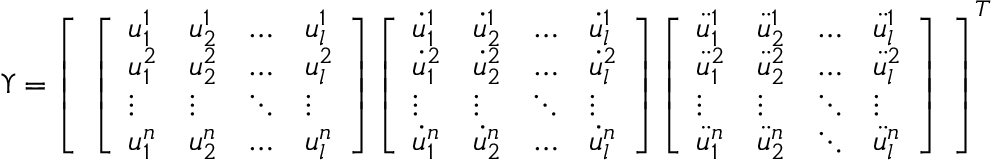
\boldsymbol { \Upsilon } = \left[ \begin{array} { l } { \left[ \begin{array} { l l l l } { u _ { 1 } ^ { 1 } } & { u _ { 2 } ^ { 1 } } & { \dots } & { u _ { l } ^ { 1 } } \\ { u _ { 1 } ^ { 2 } } & { u _ { 2 } ^ { 2 } } & { \dots } & { u _ { l } ^ { 2 } } \\ { \vdots } & { \vdots } & { \ddots } & { \vdots } \\ { u _ { 1 } ^ { n } } & { u _ { 2 } ^ { n } } & { \dots } & { u _ { l } ^ { n } } \end{array} \right] \left[ \begin{array} { l l l l } { \dot { u } _ { 1 } ^ { 1 } } & { \dot { u } _ { 2 } ^ { 1 } } & { \dots } & { \dot { u } _ { l } ^ { 1 } } \\ { \dot { u } _ { 1 } ^ { 2 } } & { \dot { u } _ { 2 } ^ { 2 } } & { \dots } & { \dot { u } _ { l } ^ { 2 } } \\ { \vdots } & { \vdots } & { \ddots } & { \vdots } \\ { \dot { u } _ { 1 } ^ { n } } & { \dot { u } _ { 2 } ^ { n } } & { \dots } & { \dot { u } _ { l } ^ { n } } \end{array} \right] \left[ \begin{array} { l l l l } { \ddot { u } _ { 1 } ^ { 1 } } & { \ddot { u } _ { 2 } ^ { 1 } } & { \dots } & { \ddot { u } _ { l } ^ { 1 } } \\ { \ddot { u } _ { 1 } ^ { 2 } } & { \ddot { u } _ { 2 } ^ { 2 } } & { \dots } & { \ddot { u } _ { l } ^ { 2 } } \\ { \vdots } & { \vdots } & { \ddots } & { \vdots } \\ { \ddot { u } _ { 1 } ^ { n } } & { \ddot { u } _ { 2 } ^ { n } } & { \ddots } & { \ddot { u } _ { l } ^ { n } } \end{array} \right] } \end{array} \right] ^ { T }